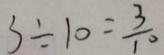
3 \div 1 0 = \frac { 3 } { 1 0 }